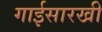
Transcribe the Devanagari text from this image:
गाईसारखी